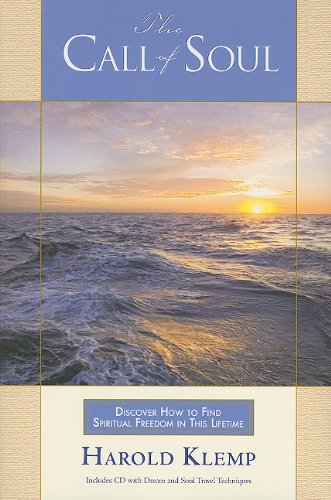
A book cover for The Call of Soul [With CD (Audio)]; Harold Klemp; Religion & Spirituality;